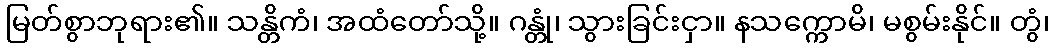
မြတ်စွာဘုရား၏။ သန္တိကံ၊ အထံတော်သို့။ ဂန္တုံ၊ သွားခြင်းငှာ။ နသက္ကောမိ၊ မစွမ်းနိုင်။ တွံ၊